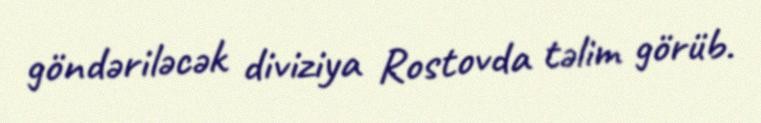
göndəriləcək diviziya Rostovda təlim görüb.